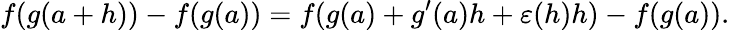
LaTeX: f(g(a+h))-f(g(a))=f(g(a)+g^{\prime}(a)h+\varepsilon(h)h)-f(g(a)).